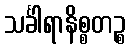
သင်္ခါရာနိစ္စတဉ္စ